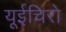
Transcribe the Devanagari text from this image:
यूईचिरो